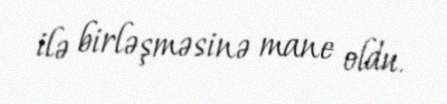
ilə birləşməsinə mane oldu.